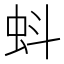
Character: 蚪